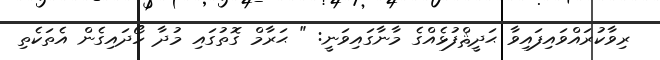
ރިވާކުރައްވައިފައިވާ ޙަދީޘްފުޅެއްގެ މާނާގައިވަނީ: " ޙަރާމް ގޮތުގައި މުދާ ހޯދައިގެން އެތަކެތި